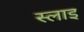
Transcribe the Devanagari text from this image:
स्लाइ